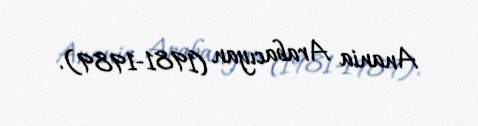
Anania Arabacıyan (1981-1989).